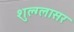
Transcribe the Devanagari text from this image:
शुल्‍ग्‍लासर